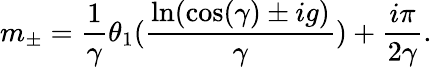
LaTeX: m_{\pm}=\frac{1}{\gamma}\theta_{1}(\frac{\ln(\cos(\gamma)\pm ig)}{\gamma})+\frac{i\pi}{2\gamma}.